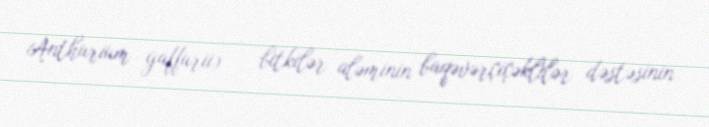
Anthurium gaffurii) — bitkilər aləminin baqəvərçiçəklilər dəstəsinin